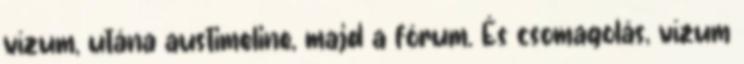
vízum, utána austimeline, majd a fórum. És csomagolás, vízum